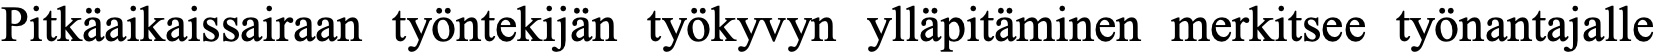
Pitkäaikaissairaan työntekijän työkyvyn ylläpitäminen merkitsee työnantajalle